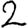
Digit: 2